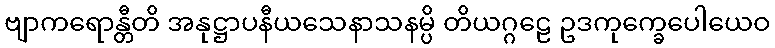
ဗျာကရောန္တီတိ အနုဋ္ဌာပနီယသေနာသနမ္ပိ တိယဂ္ဂဠေ ဥဒကုက္ခေပေါယေဝ